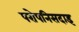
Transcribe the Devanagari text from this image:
परोपनिसदाइ